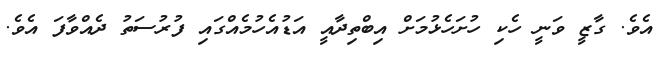
އެވެ. ގާޒީ ވަނީ ހެކި ހުށަހެޅުމަށް އިބްތިދާއީ އަޑުއެހުމެއްގައި ފުރުސަތު ދެއްވާފަ އެވެ.